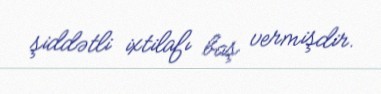
şiddətli ixtilafı baş vermişdir.